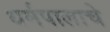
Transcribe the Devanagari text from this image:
धर्मपालाचे